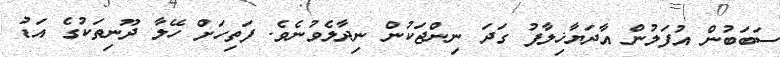
ސަބަބުން އުފަލުން އާދަޔާޚިލާފު ގަދަ ނިންޖަކުން ނިދާލެވުނެވެ. ފަތިހަށް ހޭލާ ދޫނިތަކުގެ އަޑު